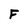
Character: F